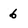
Character: 6